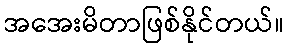
အအေးမိတာဖြစ်နိုင်တယ်။